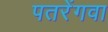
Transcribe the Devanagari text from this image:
पतरेंगवा